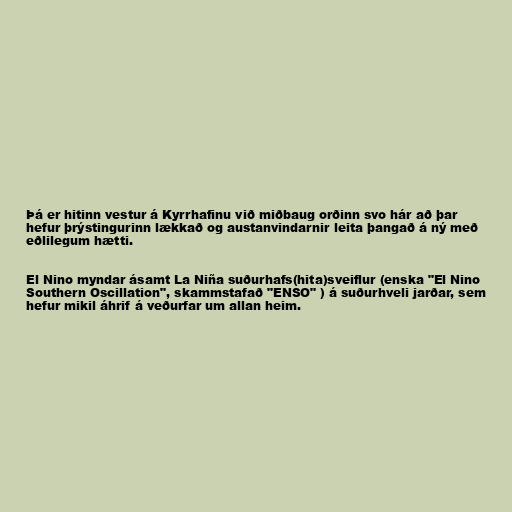
Þá er hitinn vestur á Kyrrhafinu við miðbaug orðinn svo hár að þar
hefur þrýstingurinn lækkað og austanvindarnir leita þangað á ný með
eðlilegum hætti.

El Nino myndar ásamt La Niña suðurhafs(hita)sveiflur (enska "El Nino
Southern Oscillation", skammstafað "ENSO" ) á suðurhveli jarðar, sem
hefur mikil áhrif á veðurfar um allan heim.